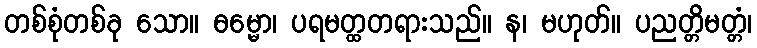
တစ်စုံတစ်ခု သော။ ဓမ္မော၊ ပရမတ္ထတရားသည်။ န၊ မဟုတ်။ ပညတ္တိမတ္တံ၊